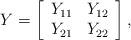
LaTeX: \begin{align*}Y=\left[\begin{array}{cc}Y_{11}&Y_{12}\\Y_{21}&Y_{22}\end{array}\right],\end{align*}